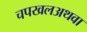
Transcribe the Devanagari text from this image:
चपखलअथवा